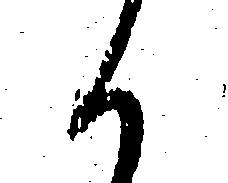
候